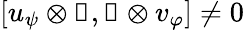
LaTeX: [u_{\psi}\otimes\mathbb{1},\mathbb{1}\otimes v_{\varphi}]\neq 0